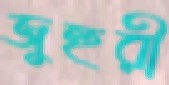
জুহুরী